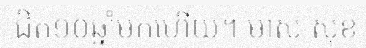
ជិត១០ឆ្នាំមកហើយ។ មាស សុខ